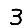
Digit: 3